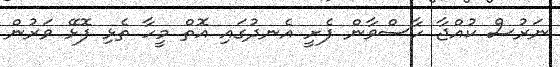
ނަރުސް ކުއްޖާ ހާސްވާން ފެށީ އެނދުގައި އޮތް މީހާ ތެޅި ފޮޅޭ ވަރުން